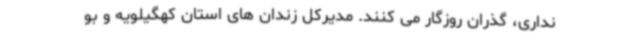
نداری، گذران روزگار می کنند. مدیرکل زندان های استان کهگیلویه و بو